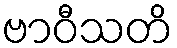
ဗာဝီသတိ